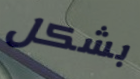
بشكل